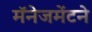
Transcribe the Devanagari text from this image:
मॅनेजमेंटने